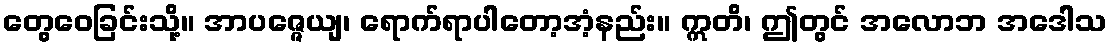
တွေဝေခြင်းသို့။ အာပဇ္ဇေယျ၊ ရောက်ရာပါတော့အံ့နည်း။ ဣတိ၊ ဤတွင် အလောဘ အဒေါသ